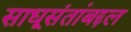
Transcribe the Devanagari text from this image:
साधूसंतांबद्दल